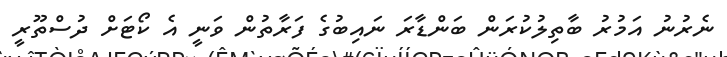
ނެރުނު އަމުރު ބާތިލުކުރަން ބަންޑާރަ ނައިބުގެ ފަރާތުން ވަނީ އެ ކޯޓަށް ދުސްތޫރީ